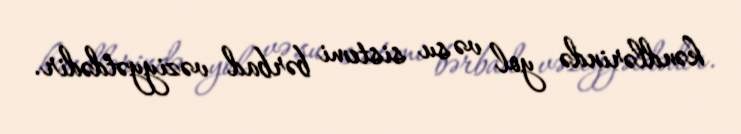
kəndlərində yol və su sistemi bərbad vəziyyətdədir.